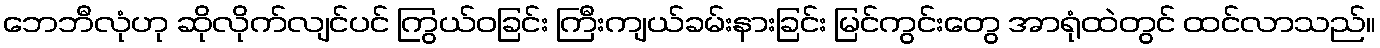
ဘေဘီလုံဟု ဆိုလိုက်လျင်ပင် ကြွယ်ဝခြင်း ကြီးကျယ်ခမ်းနားခြင်း မြင်ကွင်းတွေ အာရုံထဲတွင် ထင်လာသည်။